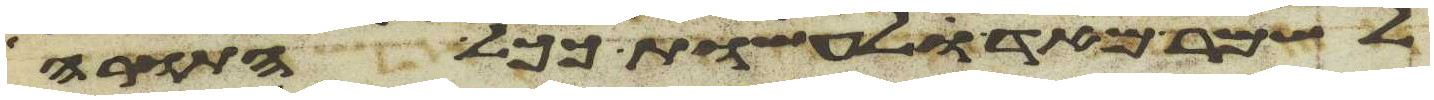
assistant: לשמר מאד לעשות ככל התורה